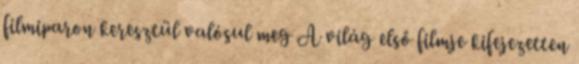
filmiparon keresztül valósul meg A világ első filmje kifejezetten